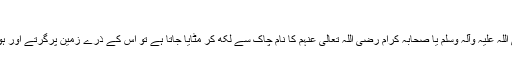
سوال نمبر:799
تختہ سیاہ پر حضور صلی اللہ علیہ وآلہ وسلم یا صحابہ کرام رضی اللہ تعالی عنہم کا نام چاک سے لکھ کر مٹایا جاتا ہے تو اس کے ذرے زمین پرگرتے اور ہوا میں تحلیل ہو جاتے ہیں۔